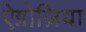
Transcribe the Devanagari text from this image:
ऐग्नोज़िया